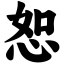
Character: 恕